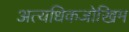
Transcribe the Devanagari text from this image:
अत्यधिकजोखिम